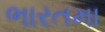
ભારતમા